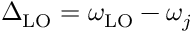
\Delta _ { \mathrm { L O } } = \omega _ { \mathrm { L O } } - \omega _ { j }